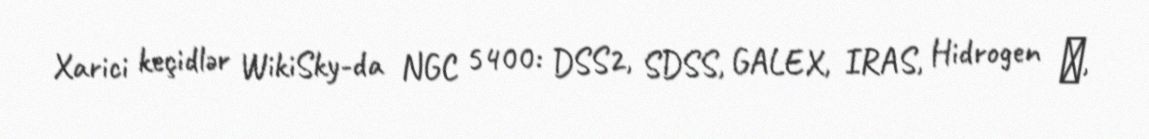
Xarici keçidlər WikiSky-da NGC 5400: DSS2, SDSS, GALEX, IRAS, Hidrogen α,